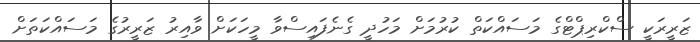
ޒަރީރަކީ ސްކްރިޕްޓްގެ މަސައްކަތް ކުރުމަށް މަހުދީ ގެނެފައިސްވާ މީހަކަށް ވާއިރު ޒަރީރުގެ މަސައްކަތަށް